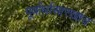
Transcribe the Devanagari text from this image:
पूर्वार्धासारखाच